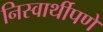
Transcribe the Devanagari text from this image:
निस्वार्थीपणे